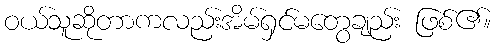
ဝယ်သူဆိုတာကလည်းအိမ်ရှင်မတွေချည်း ဖြစ်၏။